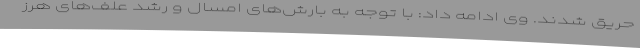
حریق شدند. وی ادامه داد: با توجه به بارش‌های امسال و رشد علف‌های هرز